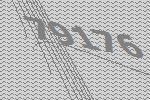
79176